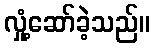
လှုံ့ဆော်ခဲ့သည်။